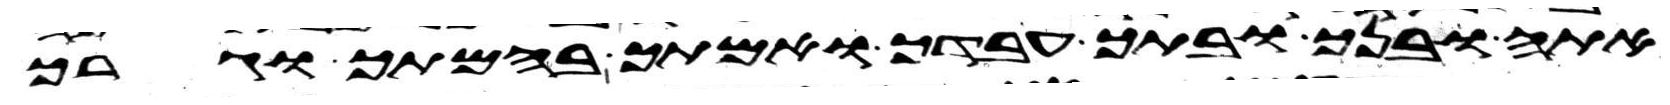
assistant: אתה ובנך ובתך עבדך ואמתך בהמתך וגרך